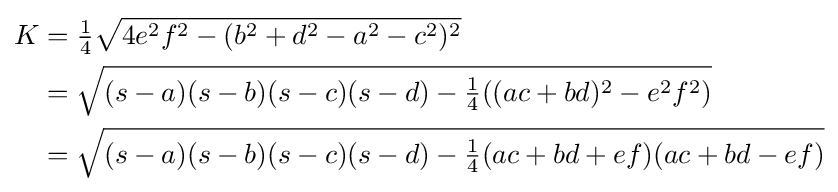
{\begin{aligned}K&={\tfrac {1}{4}}{\sqrt {4e^{2}f^{2}-(b^{2}+d^{2}-a^{2}-c^{2})^{2}}}\\&={\sqrt {(s-a)(s-b)(s-c)(s-d)-{\tfrac {1}{4}}((ac+bd)^{2}-e^{2}f^{2})}}\\&={\sqrt {(s-a)(s-b)(s-c)(s-d)-{\tfrac {1}{4}}(ac+bd+ef)(ac+bd-ef)}}\\\end{aligned}}